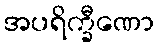
အပရိက္ခီဏော